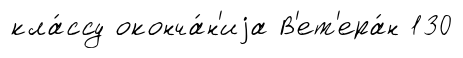
кла́ссу оконча́н'иjа В'ет'ера́н 130